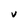
Character: v